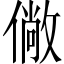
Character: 僘